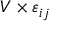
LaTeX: V \times \varepsilon _ { i j }